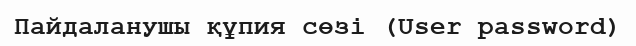
Пайдаланушы құпия сөзі (User password)